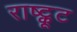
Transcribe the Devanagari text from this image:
राष्ट्कूट